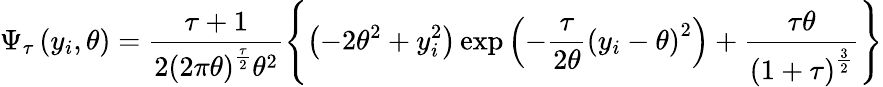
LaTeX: \Psi_{\tau}\left(y_{i},\theta\right)=\frac{\tau+1}{2\left(2\pi\theta\right)^{\frac{\tau}{2}}\theta^{2}}\left\{ \left(-2\theta^{2}+y_{i}^{2}\right)\exp\left(-\frac{\tau}{2\theta}\left(y_{i}-\theta\right)^{2}\right)+\frac{\tau\theta}{\left(1+\tau\right)^{\frac{3}{2}}}\right\}